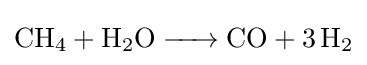
{\ce {CH4 + H2O -> CO + 3H2}}